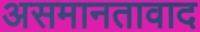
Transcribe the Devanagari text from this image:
असमानतावाद